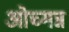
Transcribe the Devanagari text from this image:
ओच्मन्न